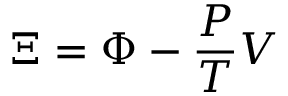
\Xi = \Phi - { \frac { P } { T } } V